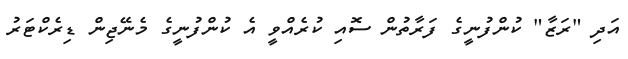
އަދި "ރަޒާ" ކުންފުނީގެ ފަރާތުން ސޮއި ކުރެއްވީ އެ ކުންފުނީގެ މެނޭޖިން ޑިރެކްޓަރު